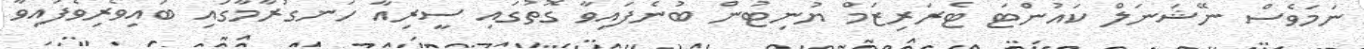
ނަމަވެސް ނޭޝަނަލް ކައުންޓަ ޓެރަރިޒަމް ޔުނިޓުން ބުނެފައިވާ ގޮތުގައި ސީރިއާ ހަނގުރާމާގައި ބައިވެރިވެފައިވާ